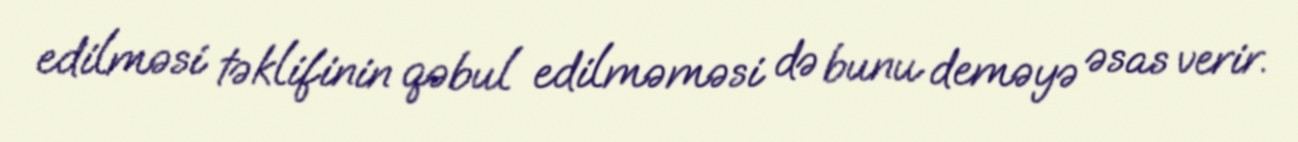
edilməsi təklifinin qəbul edilməməsi də bunu deməyə əsas verir.